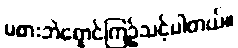
မစားဘဲရှောင်ကြဉ်သင့်ပါတယ်။